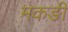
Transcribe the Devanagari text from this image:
मकङी